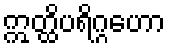
ဣတ္ထိပရိဂ္ဂဟော